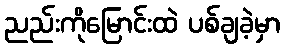
ညည်းကိုမြောင်းထဲ ပစ်ချခဲ့မှာ